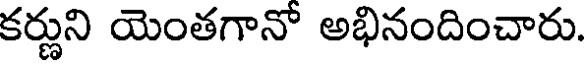
కర్ణుని యెంతగానో అభినందించారు.